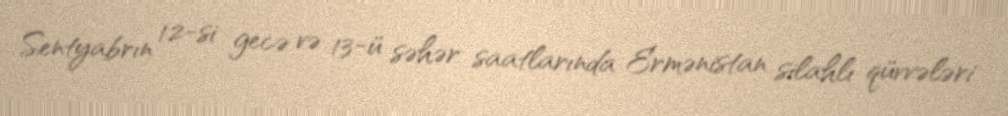
Sentyabrın 12-si gecə və 13-ü səhər saatlarında Ermənistan silahlı qüvvələri